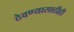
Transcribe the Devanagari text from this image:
ठेवण्यासाठीही